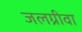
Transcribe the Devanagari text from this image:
जलग्रीवा